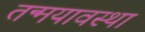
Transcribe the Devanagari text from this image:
तन्मयावस्था